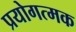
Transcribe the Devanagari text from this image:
प्रयोगत्मक